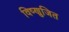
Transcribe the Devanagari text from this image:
विष्णुजित